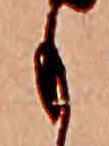
も